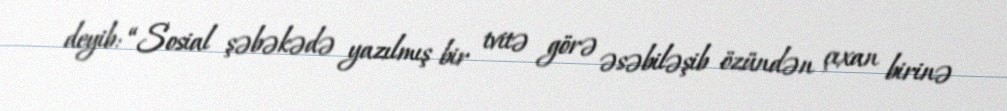
deyib: “Sosial şəbəkədə yazılmış bir tvitə görə əsəbiləşib özündən çıxan birinə